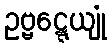
ဥဗ္ဗဋ္ဋေယျုံ